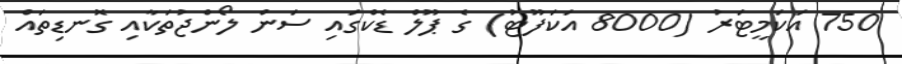
750 އަކަމީޓަރު (8000 އަކަފޫޓު) ގެ ޕޫލް ޑެކްގައި ސަން ލޯންޖުތަކާއި ގޮނޑިތައް